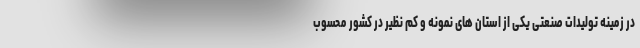
در زمینه تولیدات صنعتی یکی از استان های نمونه و کم نظیر در کشور محسوب